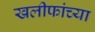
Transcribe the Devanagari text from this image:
खलीफांच्या